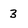
Character: 3